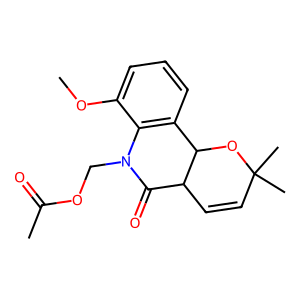
SMILES: COc1cccc2c1N(COC(C)=O)C(=O)C1C=CC(C)(C)OC21
Inhibits HIV replication: No